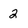
Character: 2